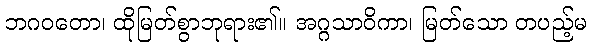
ဘဂဝတော၊ ထိုမြတ်စွာဘုရား၏။ အဂ္ဂသာဝိကာ၊ မြတ်သော တပည့်မ